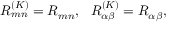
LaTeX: R _ { m n } ^ { ( K ) } = R _ { m n } , ~ ~ R _ { \alpha \beta } ^ { ( K ) } = R _ { \alpha \beta } ,